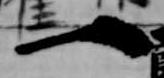
一